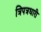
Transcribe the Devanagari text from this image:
त्रिपत्रधारी